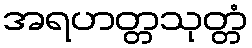
အရဟတ္တသုတ္တံ